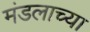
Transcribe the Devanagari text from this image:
मंडलाच्या